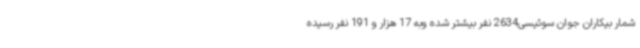
شمار بیکاران جوان سوئیسی2634 نفر بیشتر شده وبه 17 هزار و 191 نفر رسیده